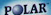
POLAR